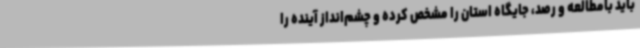
باید بامطالعه و رصد، جایگاه استان را مشخص کرده و چشم‌انداز آینده را